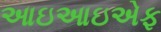
આઇઆઇએફ